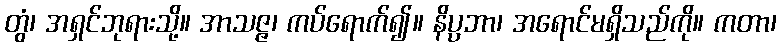
တွံ၊ အရှင်ဘုရားသို့။ အာသဇ္ဇ၊ ကပ်ရောက်၍။ နိပ္ပဘာ၊ အရောင်မရှိသည်ကို။ ကတာ၊